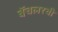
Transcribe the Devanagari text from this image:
बॅचलरची